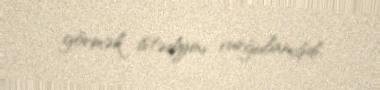
görmək istədiyini vurğulamışdı.